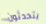
يتحدثون